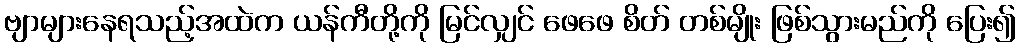
ဗျာများနေရသည့်အထဲက ယန်ကီတို့ကို မြင်လျှင် ဖေဖေ စိတ် တစ်မျိုး ဖြစ်သွားမည်ကို ပြေး၍